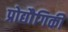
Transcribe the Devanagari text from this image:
प्रोद्यौेगिकी